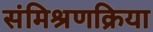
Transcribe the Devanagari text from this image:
संमिश्रणक्रिया